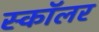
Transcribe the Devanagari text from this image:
स्काॅलर